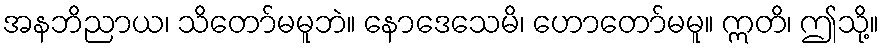
အနဘိညာယ၊ သိတော်မမူဘဲ။ နောဒေသေမိ၊ ဟောတော်မမူ။ ဣတိ၊ ဤသို့။